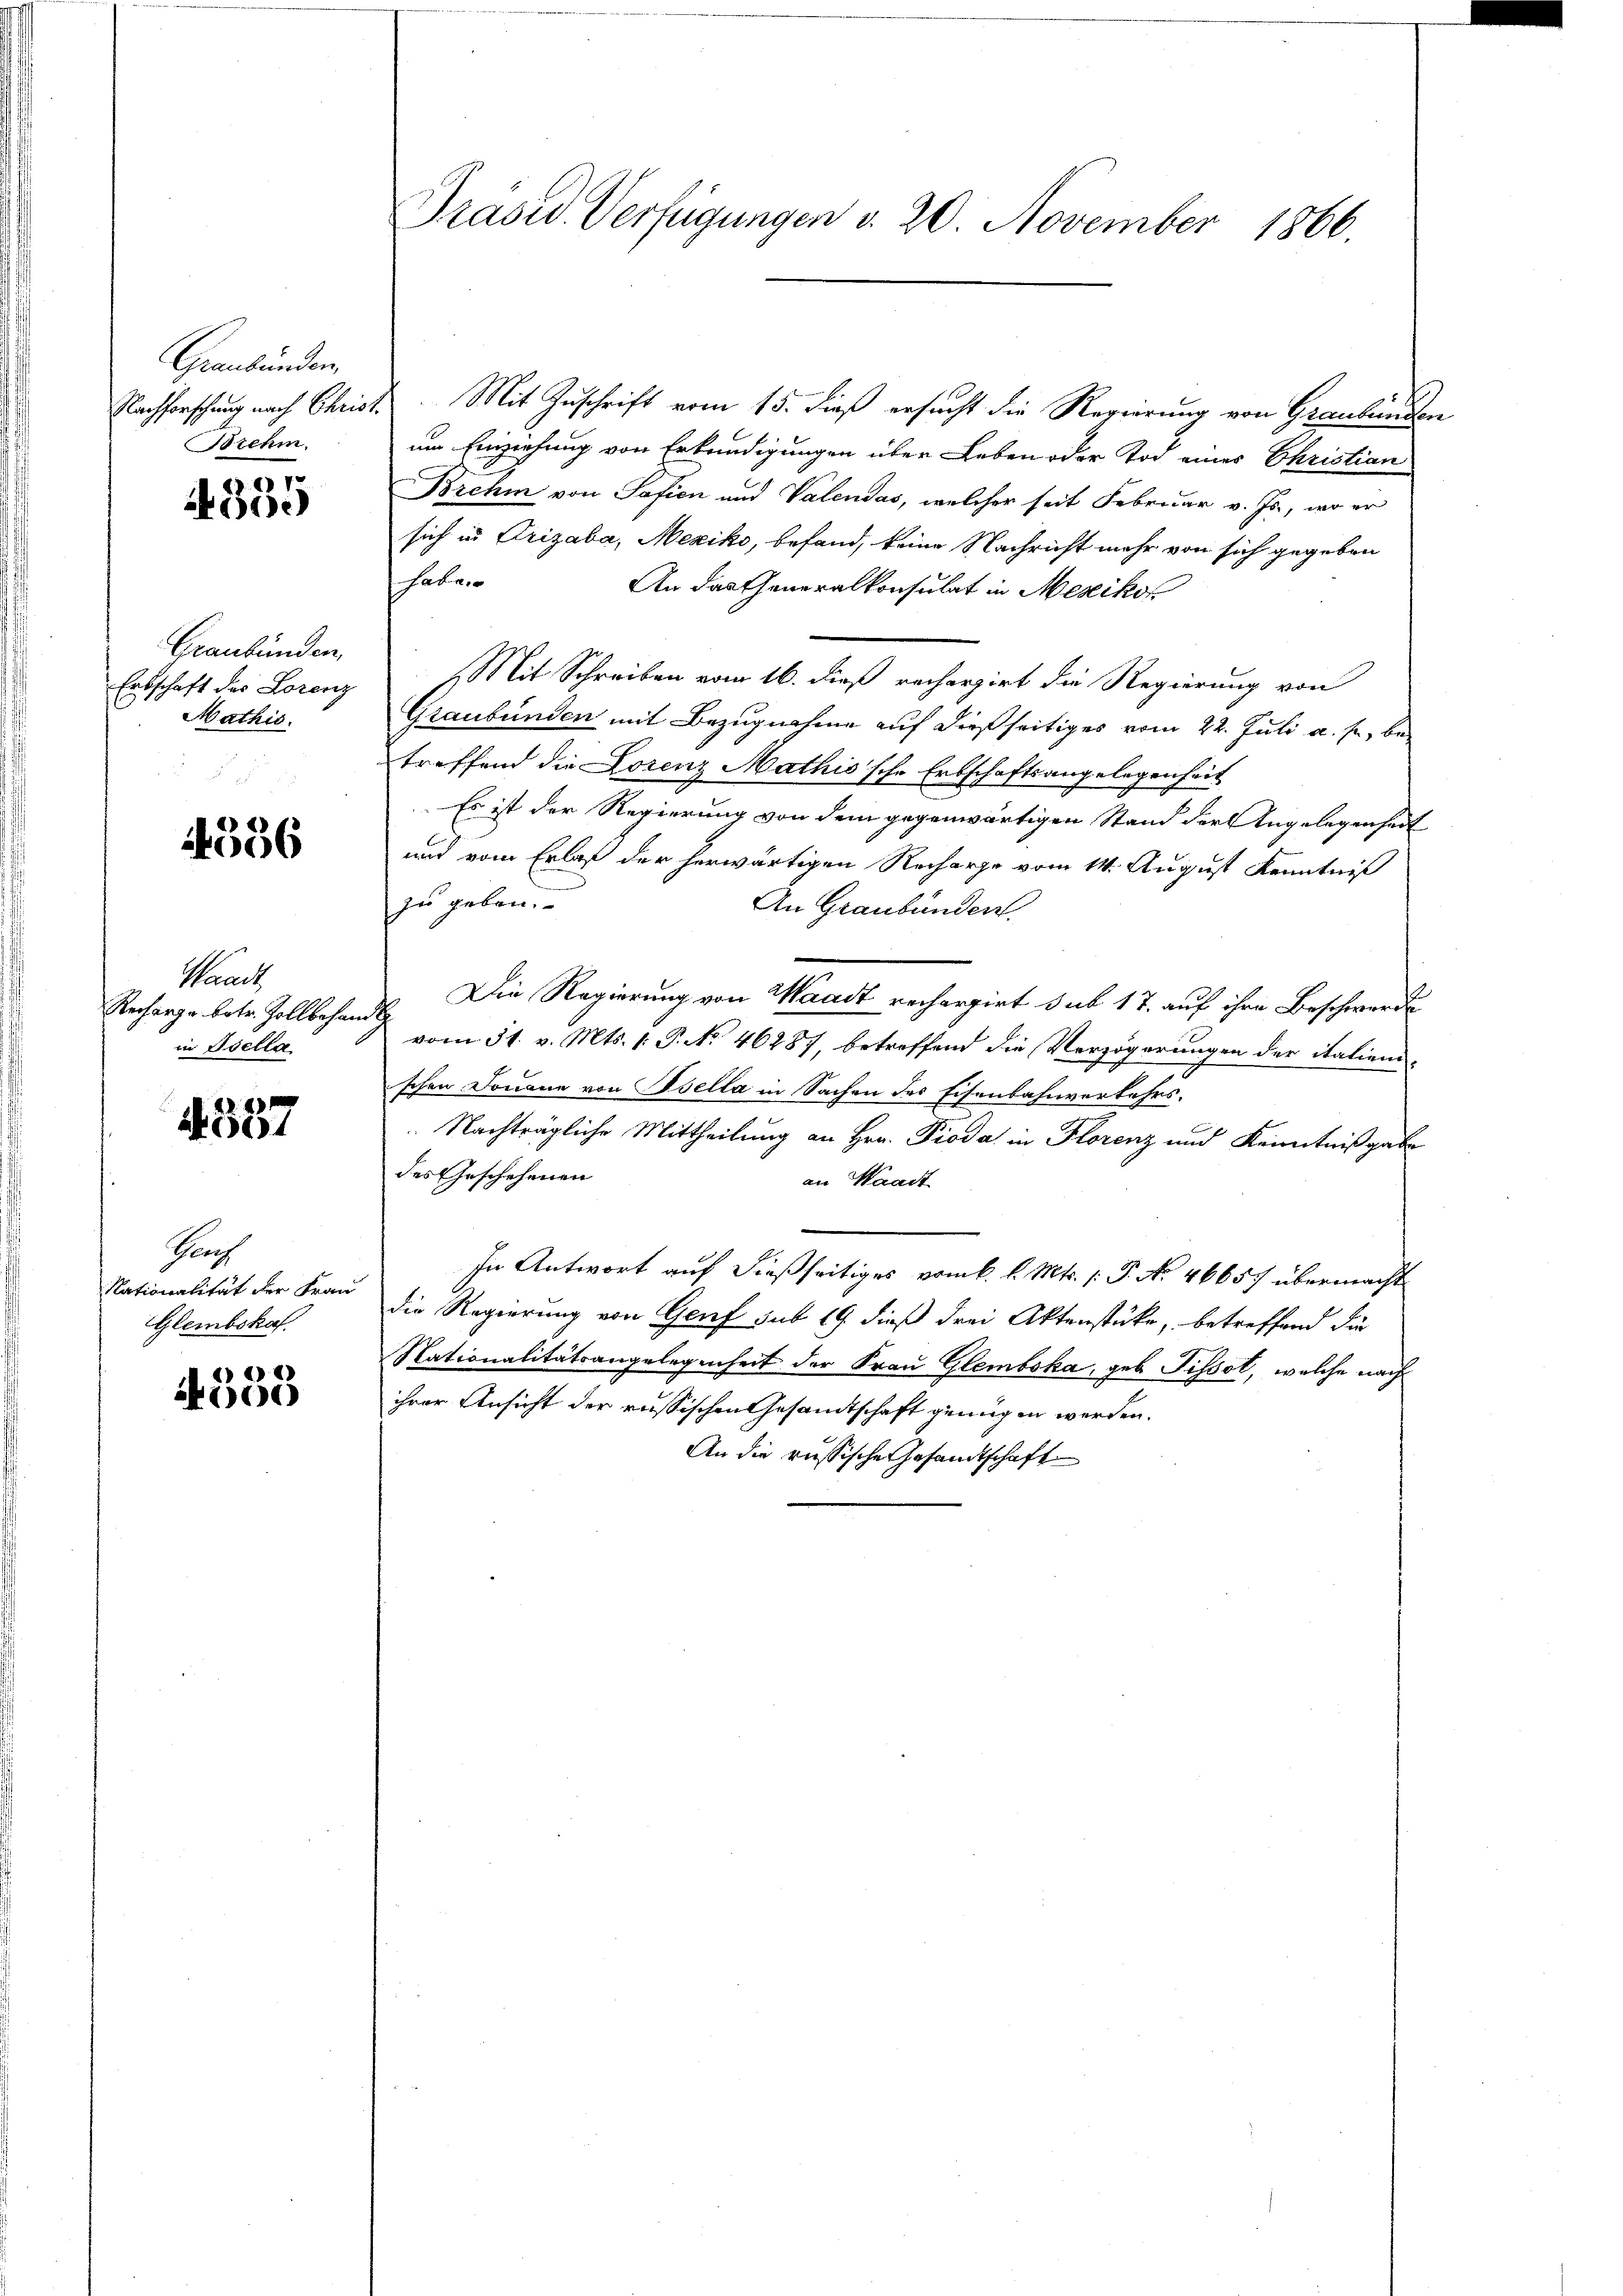
Graubünden.
Brehm.

1
4300

Graubünden,
Entschaft des Lorenz
Mathis

4336

Manch
Recharge betr. Zollbehan
in Isella

4
A 504

Paf
Glembskaf

2)
200

Nachforschung nach Christ. Mit Zuschrift vom 15. dieß ersucht die Regierung von Graubünden
um Einziehung von Erkundigungen über Leben oder Tod eines Christian
Brehm von Safien und Valendas, welcher seit Februar v. Js., wo er
sich in Frizaba, Mexiko, befand, keine Nachricht mehr von sich gegeben
Haber
An das Generalkonsulat in Mesiko
Mit Schreiben vom 16. dieß recherzirt die Regierung von
Graubünden mit Bezugnahme auf dießseitiges vom 22. Juli a. p., betreffend die Lorenz Mathis'sche Erbschaftsangelegenheit
Es ist der Regierung von dem gegenwärtigen Stand der Angelegenheit
und vom Erlaß der herwärtigen Recharge vom 14. August Kenntniß
zu geben.
An Graubünden.
Die Regierung von Waadt rechargirt sub 17. auf ihre Beschwerde
t
vom 31. v. Mts. 1. P. No 46287, betreffend die Verzögerungen der italien-
schen Douane von Bella in Sachen des Eisenbahnverkehrs¬
Nachträgliche Mittheilung an Hrn. Pioda in Florenz und Kenntnißgabe
des Geschehenen
an Waadt
In Antwort auf dießseitiges vom k. l. Mts. (: P. No. 46657 übermacht
Nationalität der Frau die Regierung von Gerif sub 19 dieß drei Aktenstücke, betreffend die
Nationalitätsangelegenheit der Frau Glembska, geb. Pissot, welche nach
ihrer Ansicht der russischen Gesandtschaft genügen werden.
An die russische Gesandtschaft

Präsed-Verfügungen v. 20. November 1866.